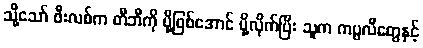
သို့သော် ဖီးလစ်က တီဘီကို ပို့ဖြစ်အောင် ပို့လိုက်ပြီး သူက ကပ္ပလီတွေနှင့်